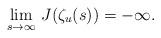
LaTeX: \begin{align*} \lim_{s \to \infty}\, J(\zeta_u(s)) = - \infty.\end{align*}